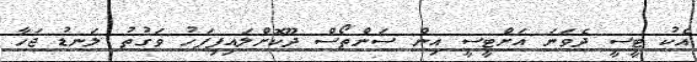
އެކު ޓީސީ ދެވަނަ އަށްޓީސީ އިން ސަންތޯސް ދޫކޮށްލައިފިފަހު ވަގުތު ލަނޑު ޖަހާ